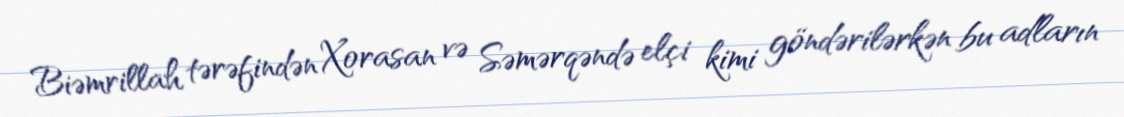
Biəmrillah tərəfindən Xorasan və Səmərqəndə elçi kimi göndərilərkən bu adların